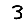
Digit: 3